Report of the Bombay Plague Committee
Disease focus: Plague
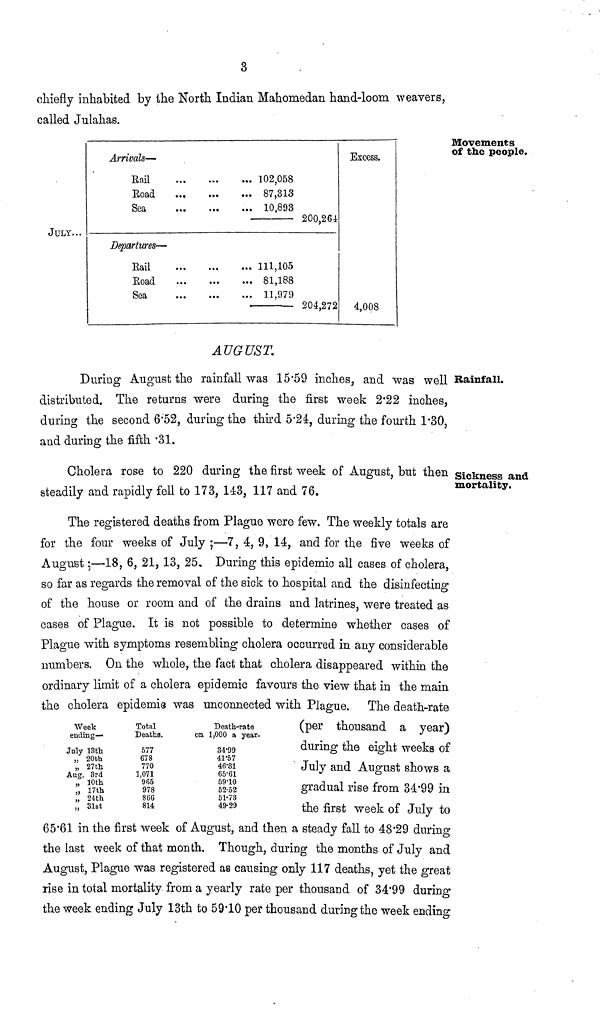
3
chiefly inhabited by the North Indian Mahomedan hand-loom weavers,
called Julahas.
Movements
of the people.
JULY...
Arrivals—
Rail
Road
...
Sea
Departures—
Rail
Road
Sea
102,058
87,313
10,893
111,105
81,188
11,979
200,264
204,272
Excess.
4,008
Rainfall.
AUGUST.
During August the rainfall was 15.59 inches, and was well
distributed. The returns were during the first week 2.22 inches,
during the second 6.52, during the third 5.24, during the fourth 1.30,
and during the fifth 31.
Sickness and
mortality.
Cholera rose to 220 during the first week of August, but then
steadily and rapidly fell to 173, 143, 117 and 76.
The registered deaths from Plague were few. The weekly totals are
for the four weeks of July ;—7, 4, 9, 14, and for the five weeks of
August;—18, 6, 21, 13, 25. During this epidemic all cases of cholera,
so far as regards the removal of the sick to hospital and the disinfecting
of the house or room and of the drains and latrines, were treated as
cases of Plague. It is not possible to determine whether cases of
Plague with symptoms resembling cholera occurred in any considerable
numbers. On the whole, the fact that cholera disappeared within the
ordinary limit of a cholera epidemic favours the view that in the main
the cholera epidemie was unconnected with Plague. The death-rate
(per thousand a year)
during the eight weeks of
July and August shows a
gradual rise from 34.99 in
the first week of July to
65.61 in the first week of August, and then a steady fall to 48.29 during
the last week of that month. Though, during the months of July and
August, Plague was registered as causing only 117 deaths, yet the great
rise in total mortality from a yearly rate per thousand of 34.99 during
the week ending July 13th to 59.10 per thousand during the week ending
Week
ending-
July 13th
20th
27th
Aug. 3rd
10th
17th
24th
31st
Total
Deaths.
577
678
770
1.071
'985
978
866
814
Death-rate
on 1,000 a year.
34.99
41.57
46.31
65.61
59.10
52.52
51.73
49.29